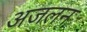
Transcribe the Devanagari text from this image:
अजलन